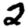
Digit: 2